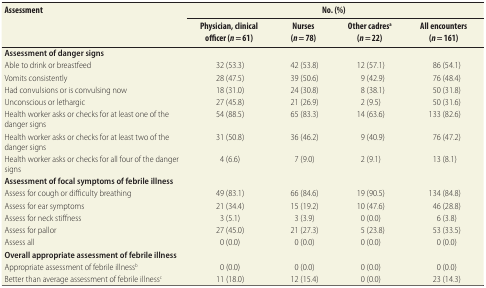
| <ROWSPAN=2> Assessment | <COLSPAN=4> No. (%) |
 | Physician, clinical officer (n = 61) | Nurses (n = 78) | Other cadresa (n = 22) | All encounters (n = 161) |
 | --- | --- | --- | --- | --- |
 | Assessment of danger signs |  |  |  |  |
 | Able to drink or breastfeed | 32 (53.3) | 42 (53.8) | 12 (57.1) | 86 (54.1) |
 | Vomits consistently | 28 (47.5) | 39 (50.6) | 9 (42.9) | 76 (48.4) |
 | Had convulsions or is convulsing now | 18 (31.0) | 24 (30.8) | 8 (38.1) | 50 (31.8) |
 | Unconscious or lethargic | 27 (45.8) | 21 (26.9) | 2 (9.5) | 50 (31.6) |
 | Health worker asks or checks for at least one of the danger signs | 54 (88.5) | 65 (83.3) | 14 (63.6) | 133 (82.6) |
 | Health worker asks or checks for at least two of the danger signs | 31 (50.8) | 36 (46.2) | 9 (40.9) | 76 (47.2) |
 | Health worker asks or checks for all four of the danger signs | 4 (6.6) | 7 (9.0) | 2 (9.1) | 13 (8.1) |
 | Assessment of focal symptoms of febrile illness |  |  |  |  |
 | Assess for cough or difficulty breathing | 49 (83.1) | 66 (84.6) | 19 (90.5) | 134 (84.8) |
 | Assess for ear symptoms | 21 (34.4) | 15 (19.2) | 10 (47.6) | 46 (28.8) |
 | Assess for neck stiffness | 3 (5.1) | 3 (3.9) | 0 (0.0) | 6 (3.8) |
 | Assess for pallor | 27 (45.0) | 21 (27.3) | 5 (23.8) | 53 (33.5) |
 | Assess all | 0 (0.0) | 0 (0.0) | 0 (0.0) | 0 (0.0) |
 | Overall appropriate assessment of febrile illness |  |  |  |  |
 | Appropriate assessment of febrile illnessb | 0 (0.0) | 0 (0.0) | 0 (0.0) | 0 (0.0) |
 | Better than average assessment of febrile illnessc | 11 (18.0) | 12 (15.4) | 0 (0.0) | 23 (14.3) |